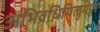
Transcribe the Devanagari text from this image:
अभिव्रधियिलुमान